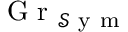
\mathrm { ~ G ~ r ~ } _ { \mathcal { S } \mathrm { ~ y ~ m ~ } }